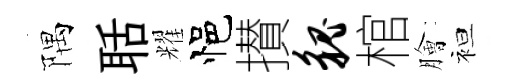
隅聒耀悒攅貌棺膾袒